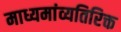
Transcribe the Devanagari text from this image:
माध्यमांव्यतिरिक्त